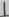
Text: 1